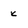
Character: K